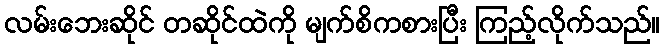
လမ်းဘေးဆိုင် တဆိုင်ထဲကို မျက်စိကစားပြီး ကြည့်လိုက်သည်။